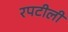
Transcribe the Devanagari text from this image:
रपटीली